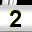
Digit: 2